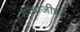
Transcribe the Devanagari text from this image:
मकाजीच्या